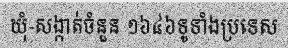
ឃុំ-សង្កាត់ចំនួន ១៦៤៦ទូទាំងប្រទេស